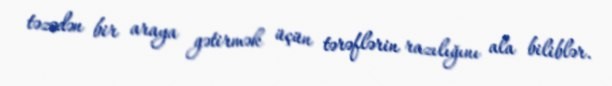
təzədən bir araya gətirmək üçün tərəflərin razılığını ala biliblər.